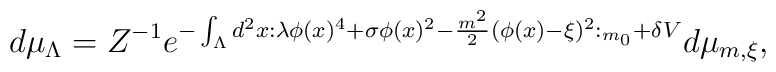
d\mu _{\Lambda }=Z^{-1}e^{-\int_{\Lambda }d^{2}x:\lambda \phi (x)^{4}+\sigma\phi (x)^{2}-\frac{m^{2}}{2}(\phi (x)-\xi )^{2}:_{m_{0}}+\delta V}d\mu_{m,\xi },